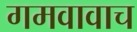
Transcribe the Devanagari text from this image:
गमवावाच